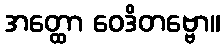
အတ္ထော ဝေဒိတဗ္ဗော။